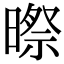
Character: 暩